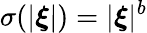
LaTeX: \sigma(|\boldsymbol{\xi}|)=|\boldsymbol{\xi}|^{b}